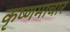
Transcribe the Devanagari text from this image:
कृष्णमाचार